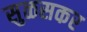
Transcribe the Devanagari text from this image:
सुळसकर